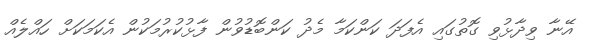
އޭނާ ވިދާޅުވި ގޮތުގައި އެފަދަ ކަންކަމާ މެދު ކަންބޮޑުވުން ފާޅުކުރުމަކުން އެކަމަކަށް ހައްލެއް